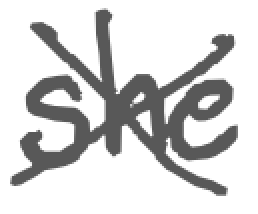
Text: she
Cross-out: mix
Writing tool: digital_gray